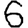
Digit: 6